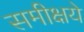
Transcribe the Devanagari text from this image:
समीक्षये